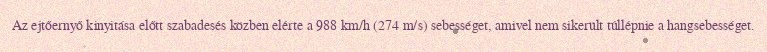
Az ejtőernyő kinyitása előtt szabadesés közben elérte a 988 km/h (274 m/s) sebességet, amivel nem sikerült túllépnie a hangsebességet.